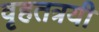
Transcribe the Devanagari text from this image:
वृहतत्रयी